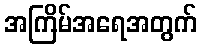
အကြိမ်အရေအတွက်